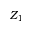
Z _ { 1 }